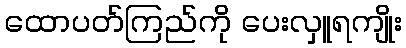
ထောပတ်ကြည်ကို ပေးလှူရကျိုး